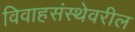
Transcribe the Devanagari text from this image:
विवाहसंस्थेवरील